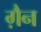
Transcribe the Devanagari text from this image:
ग़ैन